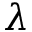
\lambda